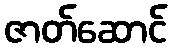
ဇာတ်ဆောင်